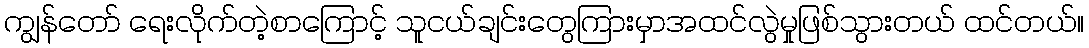
ကျွန်တော် ရေးလိုက်တဲ့စာကြောင့် သူငယ်ချင်းတွေကြားမှာအထင်လွဲမှုဖြစ်သွားတယ် ထင်တယ်။